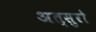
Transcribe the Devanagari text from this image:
अत्सुरो